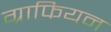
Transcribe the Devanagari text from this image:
ग्राफियन